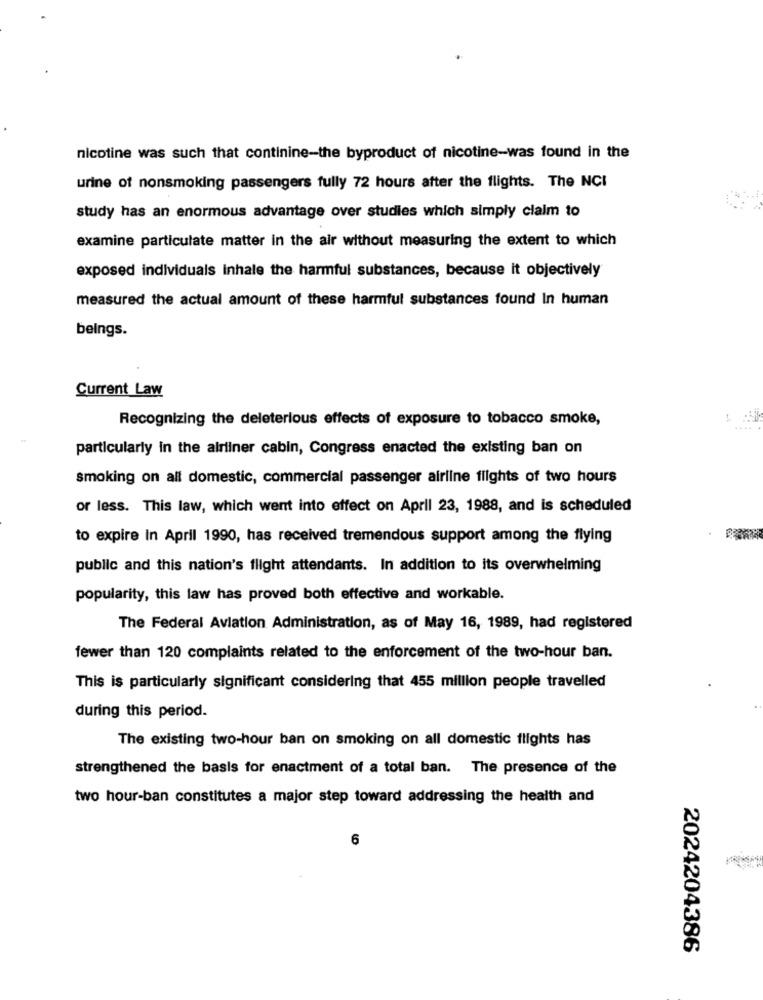
nicotine was such that continine-the byproduct of nicotine-was found in the
urine of nonsmoking passengers fully 72 hours after the flights. The NCI
study has an enormous advantage over studies which simply claim to
examine particulate matter in the air without measuring the extent to which
exposed individuals Inhale the harmful substances, because it objectively
measured the actual amount of these harmful substances found In human
beings.
Current Law
Recognizing the deleterious effects of exposure to tobacco smoke,
particularly in the airliner cabin, Congress enacted the existing ban on
smoking on all domestic, commercial passenger airline flights of two hours
or less. This law, which went into effect on April 23, 1988, and is scheduled
to expire in April 1990, has received tremendous support among the flying
public and this nation's flight attendants. In addition to its overwhelming
popularity, this law has proved both effective and workable.
The Federal Aviation Administration, as of May 16, 1989, had registered
fewer than 120 complaints related to the enforcement of the two-hour ban.
This is particularly significant considering that 455 million people travelled
during this period.
The existing two-hour ban on smoking on all domestic flights has
strengthened the basis for enactment of a total ban. The presence of the
two hour-ban constitutes a major step toward addressing the health and
6
2024204386